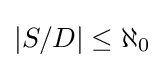
|S/D|\leq \aleph _{0}